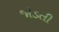
જોડતી